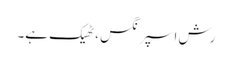
رش اسپرنگس ، ٹھیک ہے۔